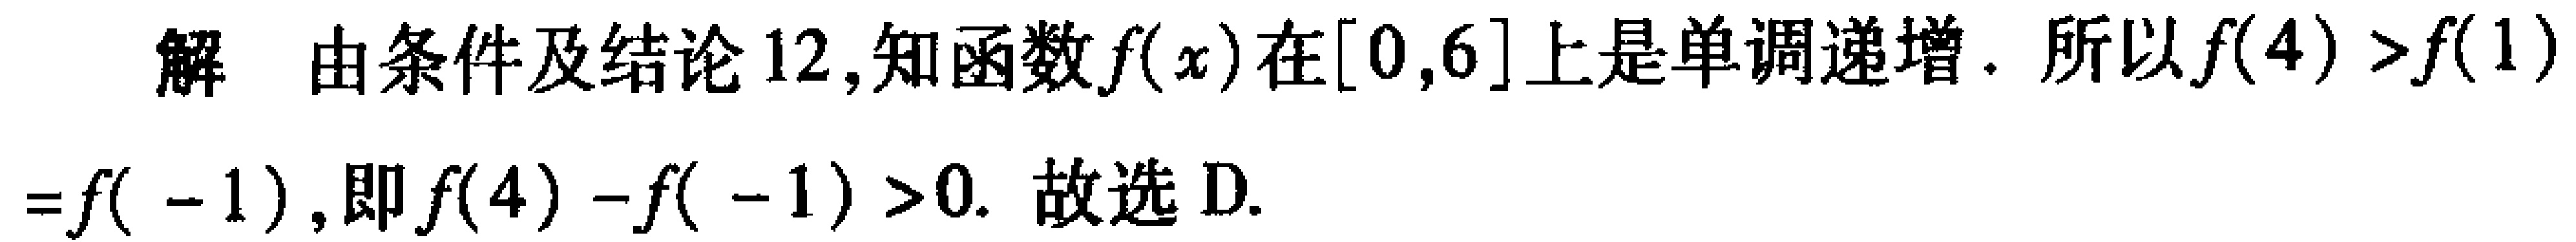
解 由条件及结论 12,知函数\(f(x)\)在\([0,6]\)上是单调递增. 所以\(f(4)>f(1)\)

\(=f(-1)\), 即\(f(4)-f(-1)>0\). 故选 D.